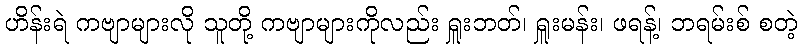
ဟိန်းရဲ ကဗျာများလို သူတို့ ကဗျာများကိုလည်း ရှူးဘတ်၊ ရှူးမန်း၊ ဖရန့်၊ ဘရမ်းစ် စတဲ့